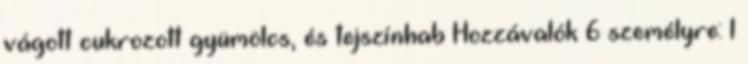
vágott cukrozott gyümölcs, és tejszínhab Hozzávalók 6 személyre: 1